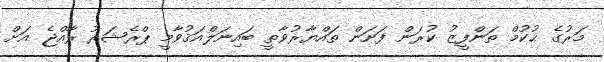
މަރުގެ ޙުކުމް ތަންފީޒު ކުރަން ފަށަން ތައްޔާރުވާތީ ބައިނަލްއަޤުވާމީ ޕްރެޝަރު ރާއްޖެ އަށް